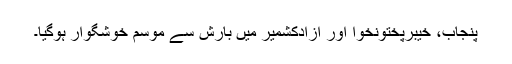
پنجاب، خیبرپختونخوا اور آزادکشمیر میں بارش سے موسم خوشگوار ہوگیا۔